Statistical return of the lunatic asylum in Assam - 1912-1932
Year: 1912
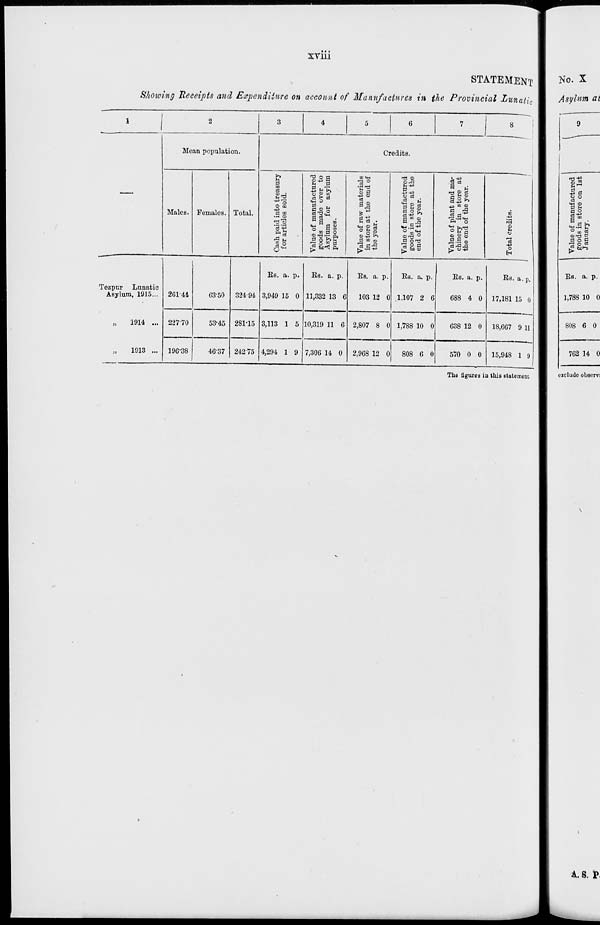
r
an
tr
BS
O
H
1
1
m 13
H d
»-*
M
CO
B
I
t»*
t-*
*£&
CO
■>
■ £B i— 5
•
: o"
p—•
to
to
g
to
CO
©
CJ
«J
i-f
CO
CO
•a
©
co
CD
CD
fed
P
3
o
•a
£»
Cn
os
B
o
•a p
to
OS
CO
CO
&
CO
l£
Or
CD
VI
or
o
p
p*
el-
to
to
CO
H
s' a
*-
00
to
o
to
l-l
#•
~i
l-i
CO
P
or
en
s>
#■
5°
CO
to
co
M
CO
w
*■
CO
CO
m
Cash paid into treasury
CO
H-l
*->
Cn
p
for articles sold.
CO
fcr
©
*?
"co
l-i
©
CO
1—I
l-l
fed
Value of manufactured
Ci
l-i
CO
CO
ED
goods made over to
ft
l-l
1—I
1—I
1—1
CO
p
Asylum for asylum
purposes.
o
os
OS
w
to
60
CO
OS
00
00
l-l
fed
Value of raw materials
«J
CO
00
in store at the end of
Cn
l-l
to
CO
h-1
to
p
the year.
Q
o
©
©
CD
1—1
l-l
Ci
CD
00
00
h-l
fed
Value of manufactured
CT-*
CD
CO
-I
to
goods in store at the
OS
OS
l-l
©
to
p
end of the year.
©
©
OS
Or
OS
cs
fed
CO
Value of plant and ma-
O
00
00
chinery in store at
„_
©
to
«t
p
the end of the year.
©
©
©
•p
h-J
1—1
t—1
5"
00
-a
o
OS
fed
to
CO
OS
■vl
00
l-l
Total credits.
CC
l-l
L
h-l
co
Ot
*
/
.
^
1
e 1 c ■o
/
5S
§
Cc,
cs,
Co
►§•
Co
&
f
S*4
CJ
cs
cs
Ci
Ss
CS
Co
cs
XJI
>
w
S
i2?
2
1
ttw
g 1
«3
©
00
©
00
-a
00
fed
CD
Value of manufactured
Co
V43
ra
to
00
goods in store on 1st
\
CO
S:
C
l-i
os
1—1
o
P
January.
.
s
CD
©
•o
fc
■<
©
©
p